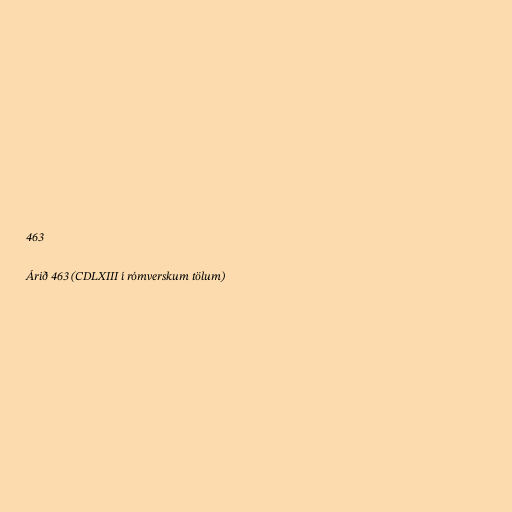
463

Árið 463 (CDLXIII í rómverskum tölum)